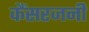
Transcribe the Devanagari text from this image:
कैंसरजनी